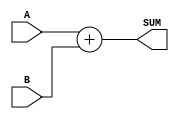
`timescale 1ns / 1ps

/*
    Group Members: Nikita Eisenhauer and Warren Seto
    Lab Name: Adder Design
    Design Description: Verilog Module to implement a behavioral 64-bit adder
*/

module behavioral_full_adder_64
(
  input [63:0] A,
  input [63:0] B,
  output [64:0] SUM
);

  assign SUM = (A + B);
endmodule